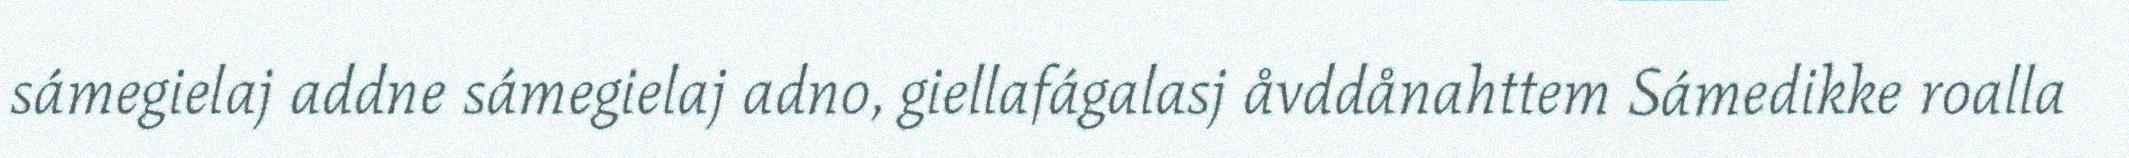
sámegielaj addne sámegielaj adno, giellafágalasj åvddånahttem Sámedikke roalla